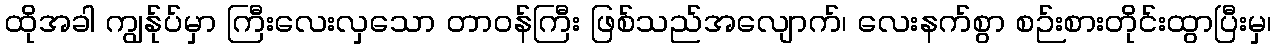
ထိုအခါ ကျွန်ုပ်မှာ ကြီးလေးလှသော တာဝန်ကြီး ဖြစ်သည်အလျောက်၊ လေးနက်စွာ စဉ်းစားတိုင်းထွာပြီးမှ၊